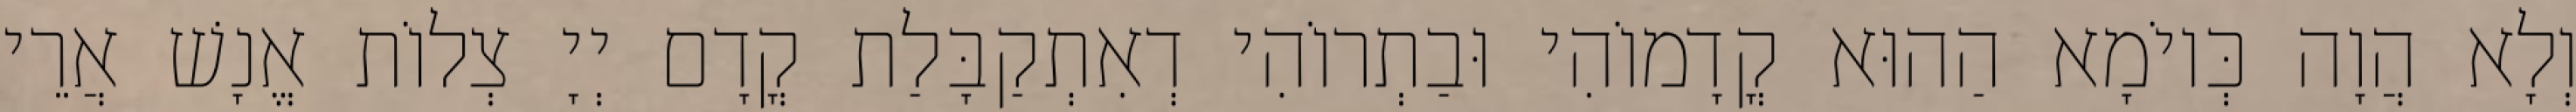
וְלָא הֲוָה כְּיוֹמָא הַהוּא קֳדָמוֹהִי וּבַתְרוֹהִי דְאִתְקַבָּלַת קֳדָם יְיָ צְלוֹת אֱנָשׁ אֲרֵי